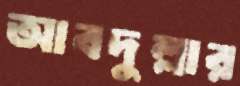
আবদুল্লার